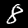
Digit: 8